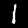
Label: 1